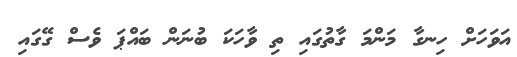
އަވަހަށް ހިނގާ މަންމަ ގާތުގައި ތި ވާހަކަ ބުނަން ބައްޕަ ވެސް ގޭގައި